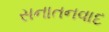
સનાતનવાદ